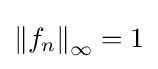
\left\|f_{n}\right\|_{\infty }=1